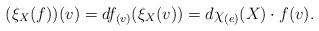
LaTeX: \begin{align*}(\xi_X(f))(v)=df_{(v)}(\xi_X(v))=d\chi_{(e)}(X)\cdot f(v).\end{align*}